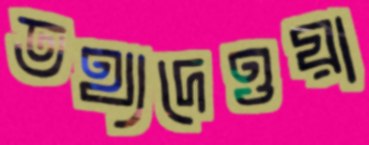
তথ্যদেওয়া